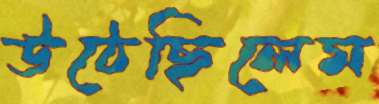
উঠেছিলেম